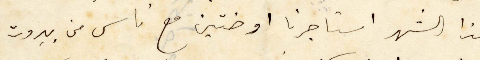
هذا الشهر استاجرنا اوضتين ما ناس من بيروت